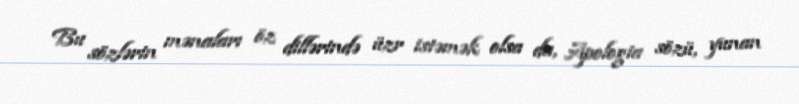
Bu sözlərin mənaları öz dillərində üzr istəmək olsa da, Apologia sözü, yunan